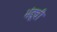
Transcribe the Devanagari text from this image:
भंडूची